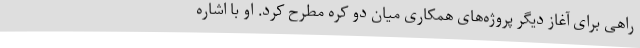
راهی برای آغاز دیگر پروژه‌های همکاری میان دو کره مطرح کرد. او با اشاره